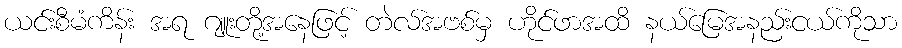
ယင်းစီမံကိန်း အရ ဂျူးတို့အနေဖြင့် တဲလ်အဗစ်မှ ဟိုင်ဖာအထိ နယ်မြေအနည်းငယ်ကိုသာ